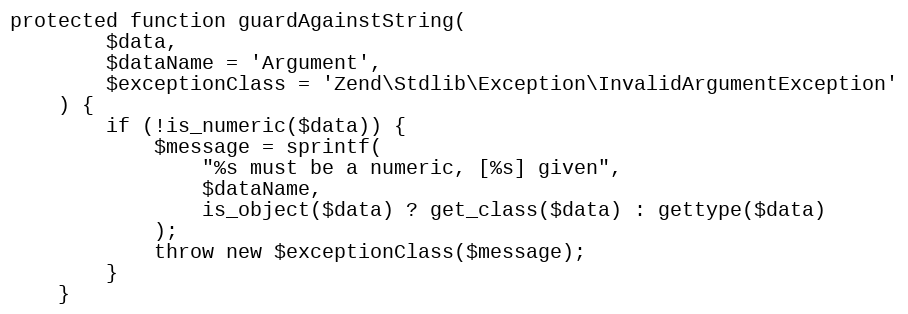
Language: PHP
protected function guardAgainstString(
        $data,
        $dataName = 'Argument',
        $exceptionClass = 'Zend\Stdlib\Exception\InvalidArgumentException'
    ) {
        if (!is_numeric($data)) {
            $message = sprintf(
                "%s must be a numeric, [%s] given",
                $dataName,
                is_object($data) ? get_class($data) : gettype($data)
            );
            throw new $exceptionClass($message);
        }
    }